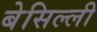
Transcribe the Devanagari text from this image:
बेसिल्ली